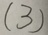
( 3 )